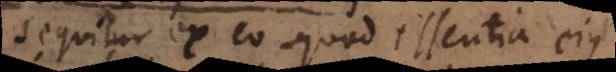
Sequitur ex eo quod essentia ejus